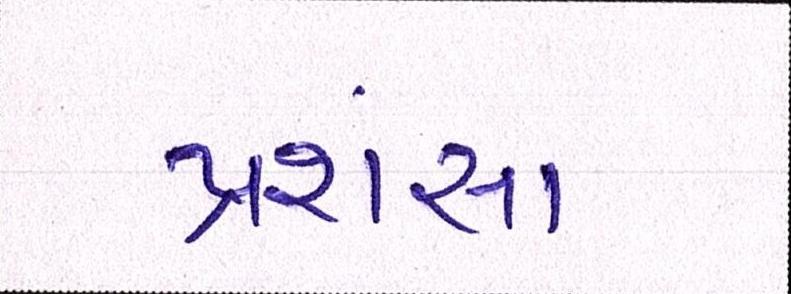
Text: પ્રશંસા